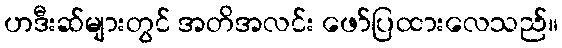
ဟဒီးဆ်များတွင် အတိအလင်း ဖော်ပြထားလေသည်။